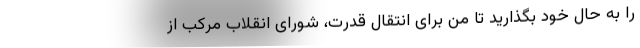
را به حال خود بگذارید تا من برای انتقال قدرت، شورای انقلاب مرکب از